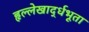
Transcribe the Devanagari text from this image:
हृल्लेखार्द्धभूता